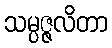
သမ္ပဇ္ဇလိတာ